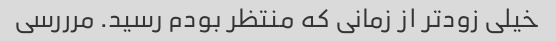
خیلی زودتر از زمانی که منتظر بودم رسید. مرررسی